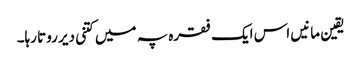
یقین مانیں اس ایک فقرہ پہ میں کتنی دیر روتا رہا۔